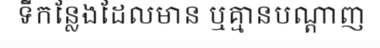
ទីកន្លែងដែលមាន ឬគ្មានបណ្តាញ